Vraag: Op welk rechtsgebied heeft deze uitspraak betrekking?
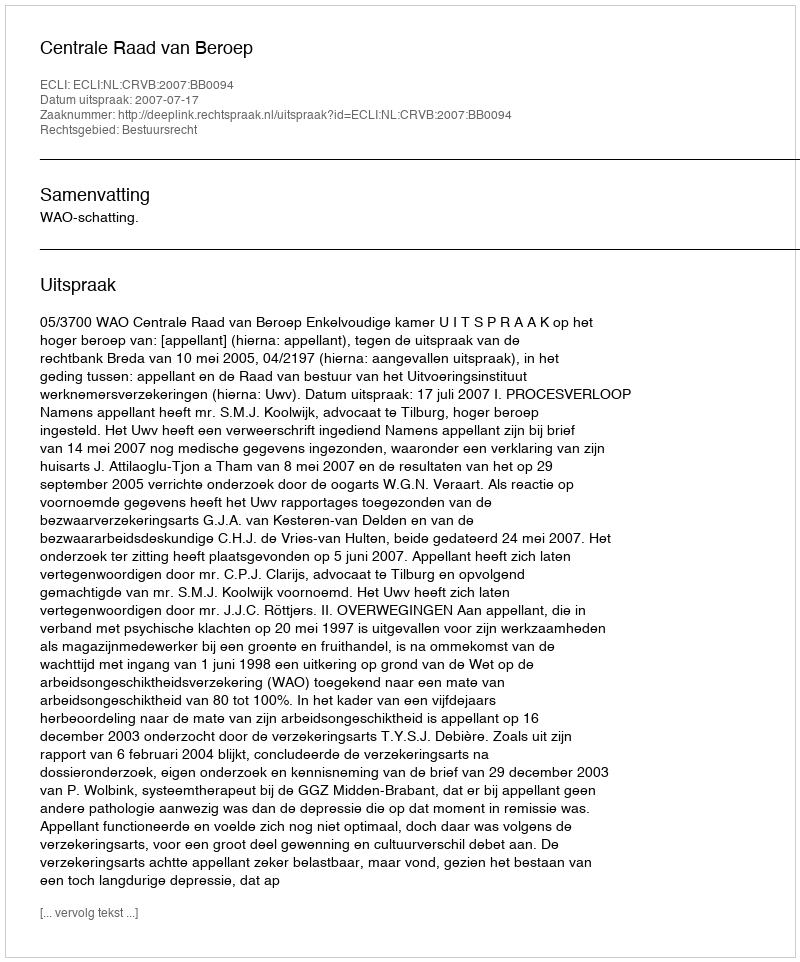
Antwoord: Bestuursrecht